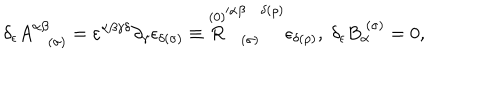
LaTeX: \delta _ { \epsilon } A _ { ( \sigma ) } ^ { \alpha \beta } = \varepsilon ^ { \alpha \beta \gamma \delta } \partial _ { \gamma } \epsilon _ { \delta ( \sigma ) } \equiv \stackrel { ( 0 ) } { R } _ { ( \sigma ) } ^ { \prime \alpha \beta \delta ( \rho ) } \epsilon _ { \delta ( \rho ) } , \; \delta _ { \epsilon } B _ { \alpha } ^ { \; ( \sigma ) } = 0 ,